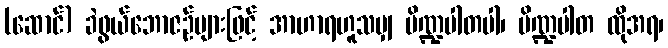
(ဆောင်) ခဲဖွယ်ဘောဇဉ်များဖြင့် အာဟာရဟူသမျှ ပိဏ္ဍပါတပါ၊ ပိဏ္ဍပါတ ထိုအရ၊